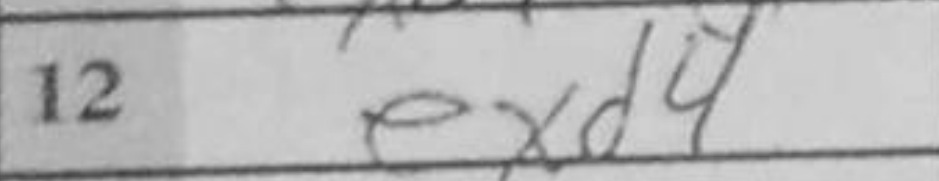
Transcription: exd4